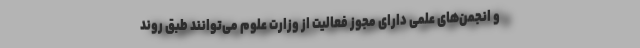
و انجمن‌های علمی دارای مجوز فعالیت از وزارت علوم می‌توانند طبق روند